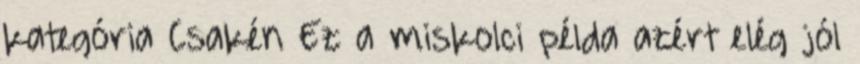
kategória Csakén Ez a miskolci példa azért elég jól